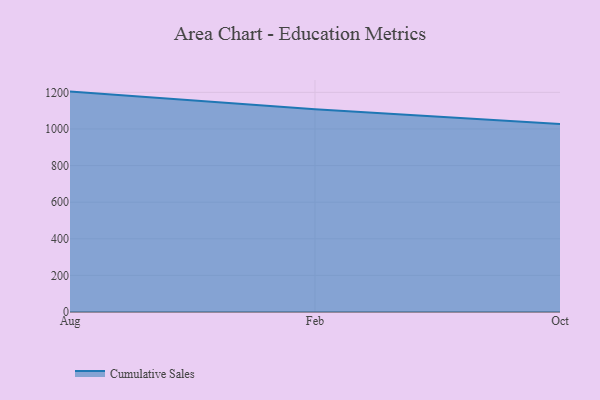
{"axis": {"x": "Month", "y": "Website Visitors"}, "legend": ["Cumulative Sales"], "data": [{"x": "Aug", "y": 1204.2, "type": "Cumulative Sales"}, {"x": "Feb", "y": 1108.4, "type": "Cumulative Sales"}, {"x": "Oct", "y": 1027.5, "type": "Cumulative Sales"}]}